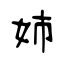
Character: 姉